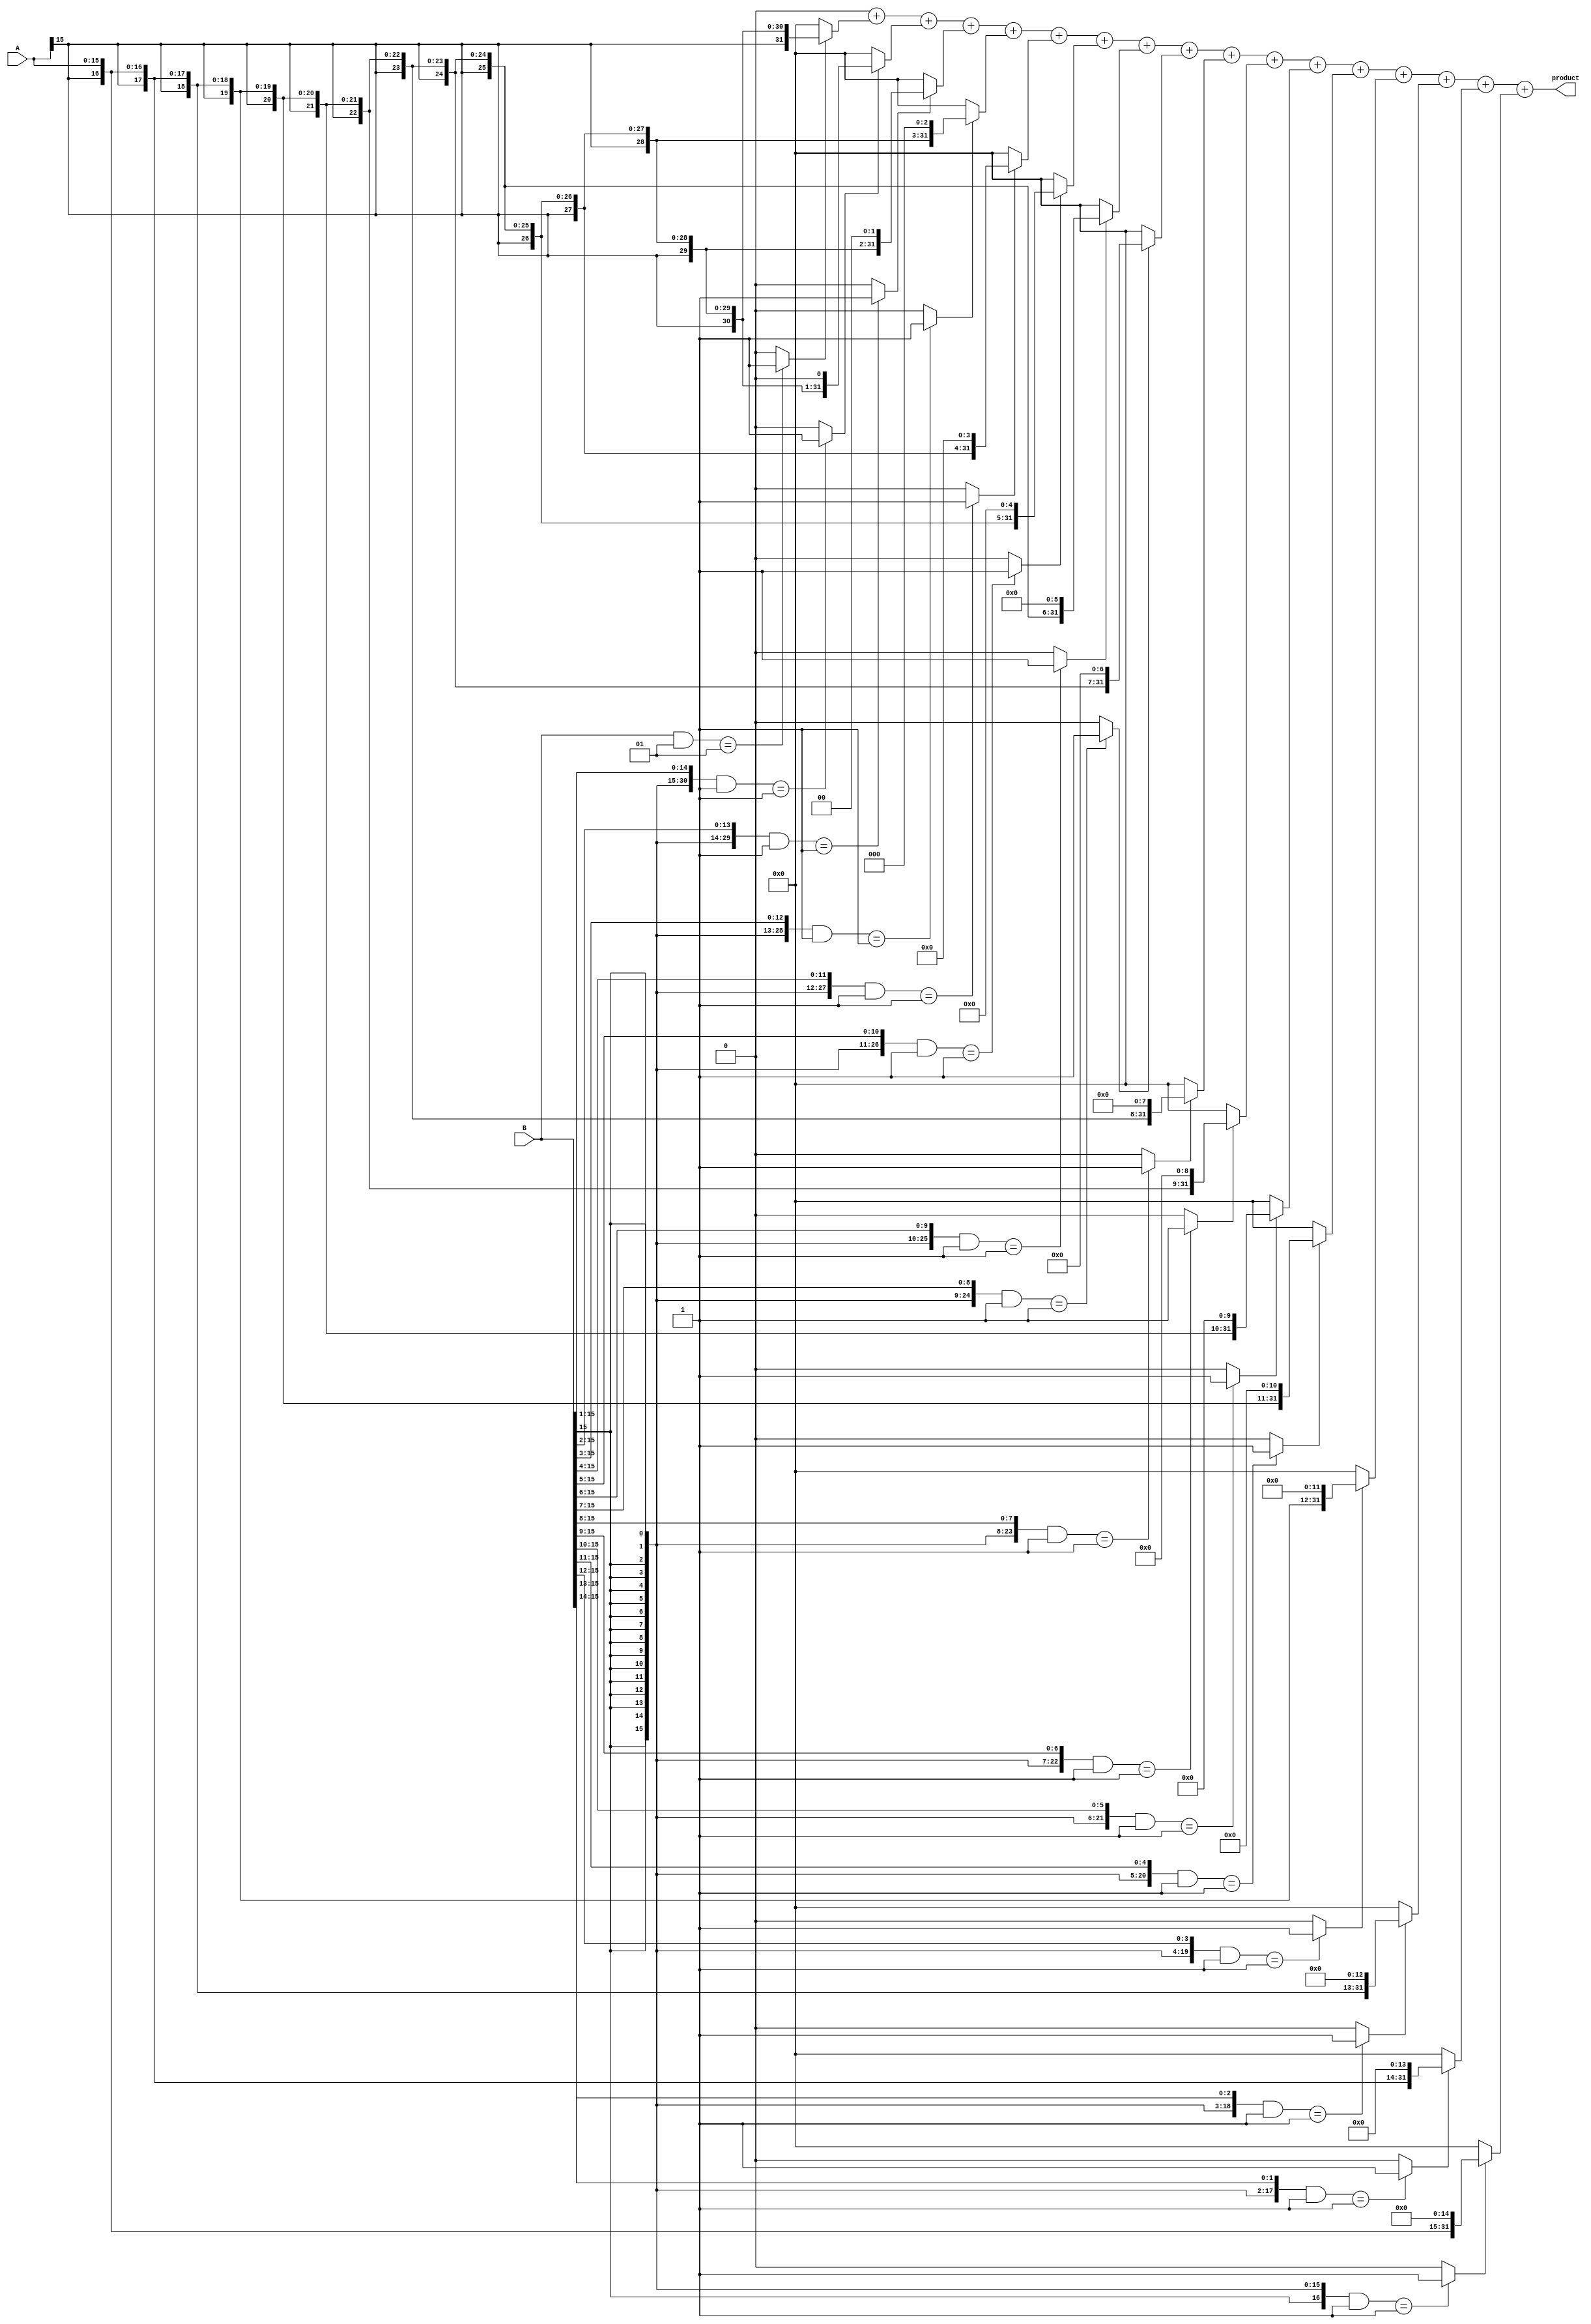
module csd_multiplier (
    input signed [15:0] A,  // Input A
    input signed [15:0] B,  // Input B
    output reg signed [31:0] product  // Output product
);
    reg [15:0] csd_A, csd_B;  // CSD representations
    reg signed [31:0] partial_product [0:15]; // Array to hold partial products
    integer i;

    // CSD Conversion Function
    function [15:0] to_csd;
        input signed [15:0] num;
        integer n, carry, bit;
        begin
            to_csd = 0;
            carry = 0;
            for (n = 0; n < 16; n = n + 1) begin
                bit = (num >> n) & 1;  // Get the current bit
                if (bit == 1) begin
                    if (carry == 0) begin
                        to_csd[n] = 1;  // Set CSD digit to 1
                    end else begin
                        to_csd[n] = -1; // Set CSD digit to -1
                        carry = 1;      // Carry forward
                    end
                end else if (bit == 0 && carry == 1) begin
                    to_csd[n] = -1; // Set CSD digit to -1
                    carry = 0;      // Clear carry
                end
            end
        end
    endfunction

    // CSD Conversion
    always @(*) begin
        csd_A = to_csd(A);
        csd_B = to_csd(B);
    end

    // Partial Product Generation
    always @(*) begin
        // Initialize partial products
        for (i = 0; i < 16; i = i + 1) begin
            partial_product[i] = 0;
        end

        // Generate partial products based on CSD representation
        for (i = 0; i < 16; i = i + 1) begin
            case (csd_B[i])
                1: partial_product[i] = A << i;       // If CSD digit is 1, shift A left by i
                -1: partial_product[i] = - (A << i);  // If CSD digit is -1, negate shifted A
                default: partial_product[i] = 0;       // If CSD digit is 0, do nothing
            endcase
        end
    end

    // Result Accumulation
    always @(*) begin
        product = 0;  // Initialize product
        for (i = 0; i < 16; i = i + 1) begin
            product = product + partial_product[i];  // Accumulate partial products
        end
    end
endmodule